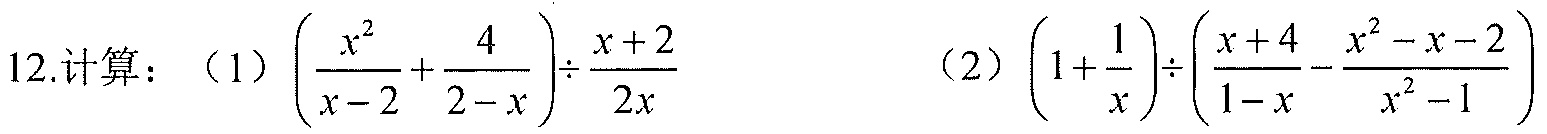
12.计算：（1）\(\left(\dfrac{x^{2}}{x - 2}+\dfrac{4}{2 - x}\right)\div\dfrac{x + 2}{2x}\)  （2）\(\left(1+\dfrac{1}{x}\right)\div\left(\dfrac{x + 4}{1 - x}-\dfrac{x^{2}-x - 2}{x^{2}-1}\right)\)